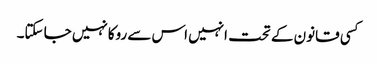
کسی قانون کے تحت انہیں اس سے روکانہیں جا سکتا۔